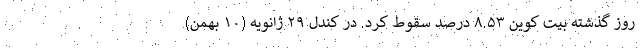
روز گذشته بیت کوین ۸.۵۳ درصد سقوط کرد. در کندل ۲۹ ژانویه (۱۰ بهمن)